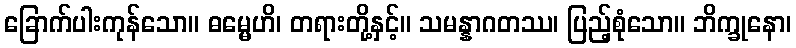
ခြောက်ပါးကုန်သော။ ဓမ္မေဟိ၊ တရားတို့နှင့်။ သမန္နာဂတဿ၊ ပြည့်စုံသော။ ဘိက္ခုနော၊